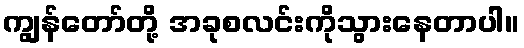
ကျွန်တော်တို့ အခုစလင်းကိုသွားနေတာပါ။